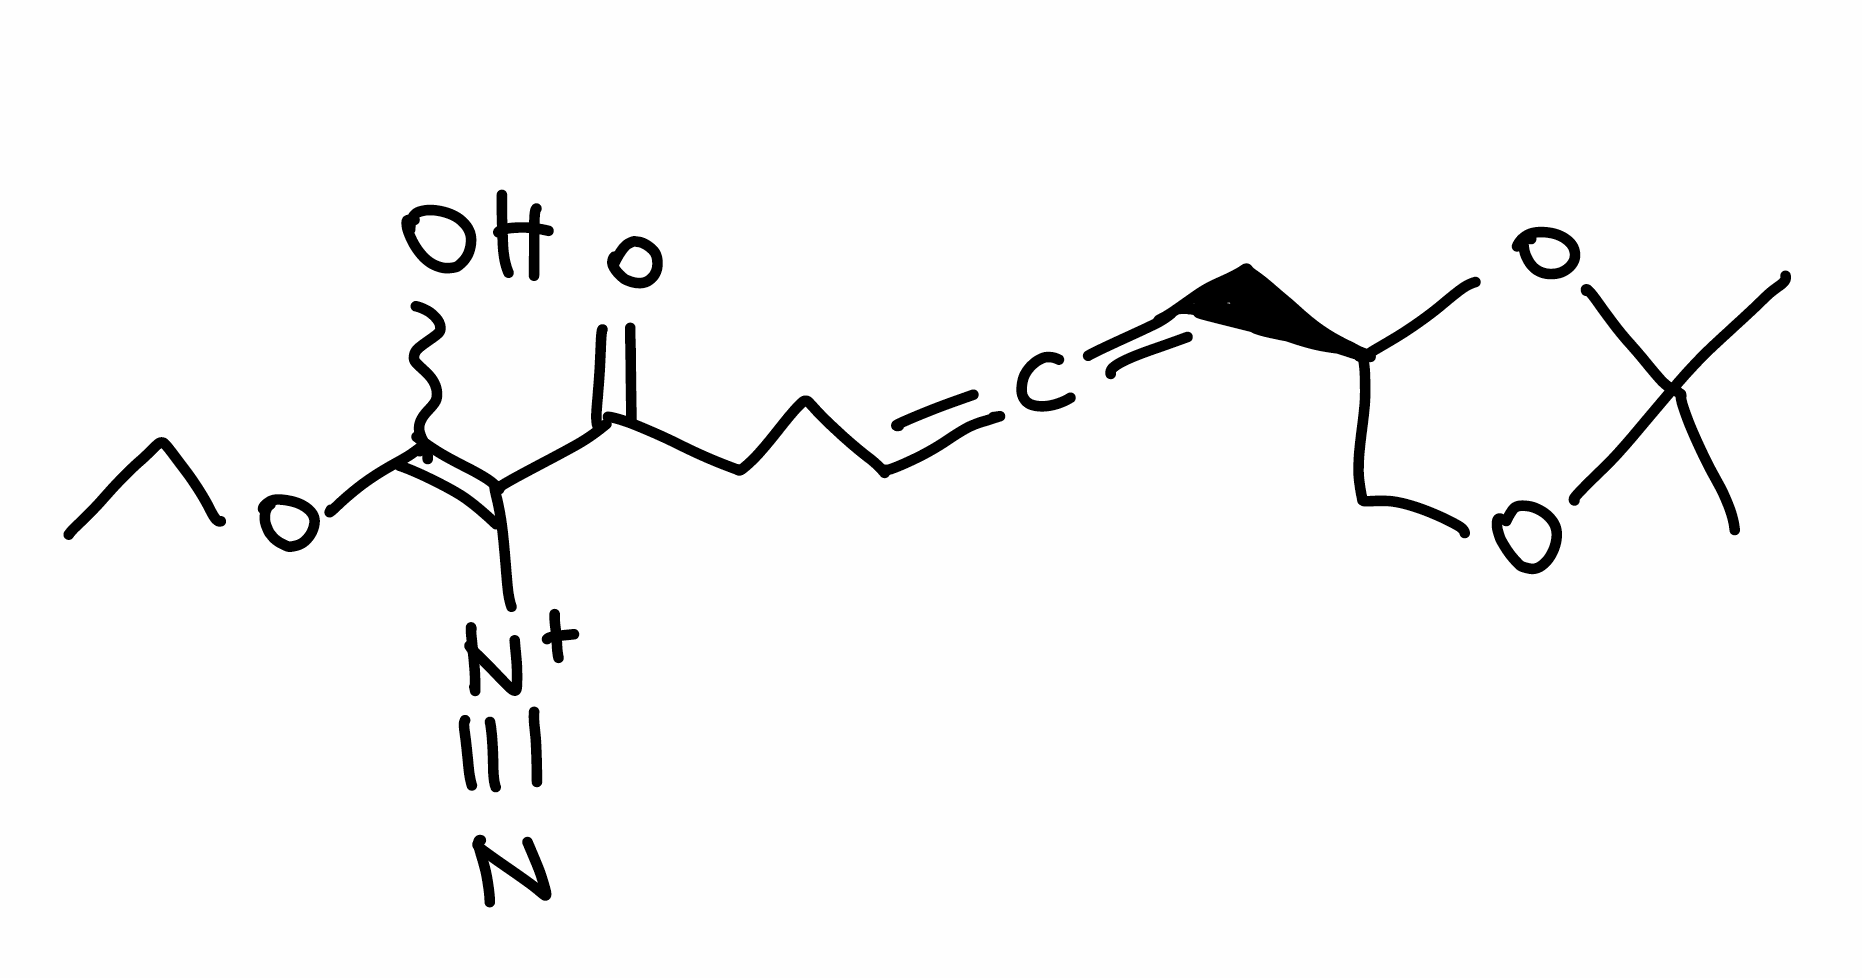
Simplified molecular-input line-entry system (SMILES) notation of the given molecule:
CCOC(=C(C(=O)CCC=C=C[C@@H]1COC(O1)(C)C)[N+]#N)O